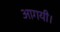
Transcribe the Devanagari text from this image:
आगयी।